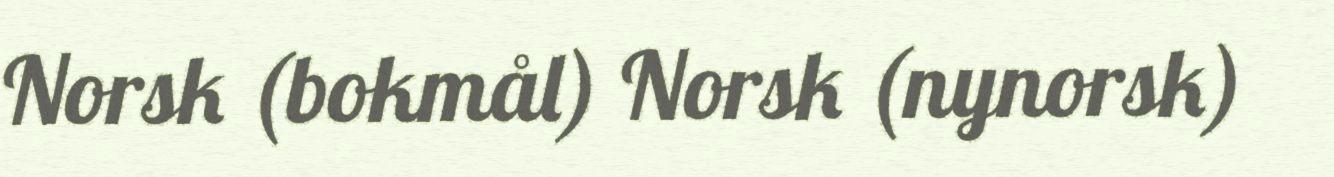
Norsk (bokmål) Norsk (nynorsk)